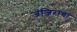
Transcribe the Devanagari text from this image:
जंजिराचा